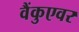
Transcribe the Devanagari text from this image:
वैंकुएवर